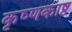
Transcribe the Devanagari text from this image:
कृष्णकाष्ठ